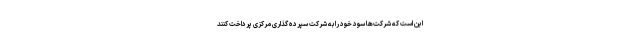
این است که شرکت‌ها سود خود را به شرکت سپرده گذاری مرکزی پرداخت کنند